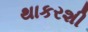
થાકરશી